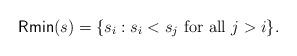
LaTeX: \begin{align*}\mathsf{Rmin}(s)=\{s_i:s_i<s_j \mbox{ for all } j>i\}.\end{align*}